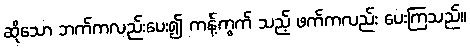
ဆိုသော ဘက်ကလည်းပေး၍ ကန့်ကွက် သည့် ဖက်ကလည်း ပေးကြသည်။